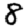
Digit: 8